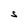
Character: S